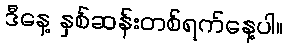
ဒီနေ့ နှစ်ဆန်းတစ်ရက်နေ့ပါ။